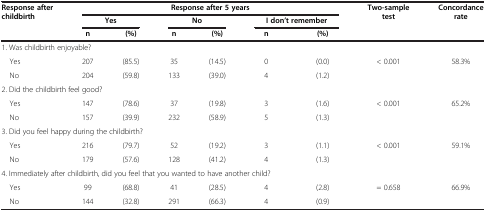
<table><thead><tr><td rowspan="3"><b>Response after childbirth</b></td><td colspan="6"><b>Response after 5 years</b></td><td rowspan="3"><b>Two-sample test</b></td><td rowspan="3"><b>Concordance rate</b></td></tr><tr><td colspan="2"><b>Yes</b></td><td colspan="2"><b>No</b></td><td colspan="2"><b>I don’t remember</b></td></tr><tr><td><b>n</b></td><td><b>(%)</b></td><td><b>n</b></td><td><b>(%)</b></td><td><b>n</b></td><td><b>(%)</b></td></tr></thead><tbody><tr><td colspan="9">1. Was childbirth enjoyable?</td></tr><tr><td> Yes</td><td>207</td><td>(85.5)</td><td>35</td><td>(14.5)</td><td>0</td><td>(0.0)</td><td>&lt; 0.001</td><td>58.3%</td></tr><tr><td> No</td><td>204</td><td>(59.8)</td><td>133</td><td>(39.0)</td><td>4</td><td>(1.2)</td><td> </td><td> </td></tr><tr><td colspan="9">2. Did the childbirth feel good?</td></tr><tr><td> Yes</td><td>147</td><td>(78.6)</td><td>37</td><td>(19.8)</td><td>3</td><td>(1.6)</td><td>&lt; 0.001</td><td>65.2%</td></tr><tr><td> No</td><td>157</td><td>(39.9)</td><td>232</td><td>(58.9)</td><td>5</td><td>(1.3)</td><td> </td><td> </td></tr><tr><td colspan="9">3. Did you feel happy during the childbirth?</td></tr><tr><td> Yes</td><td>216</td><td>(79.7)</td><td>52</td><td>(19.2)</td><td>3</td><td>(1.1)</td><td>&lt; 0.001</td><td>59.1%</td></tr><tr><td> No</td><td>179</td><td>(57.6)</td><td>128</td><td>(41.2)</td><td>4</td><td>(1.3)</td><td> </td><td> </td></tr><tr><td colspan="9">4. Immediately after childbirth, did you feel that you wanted to have another child?</td></tr><tr><td> Yes</td><td>99</td><td>(68.8)</td><td>41</td><td>(28.5)</td><td>4</td><td>(2.8)</td><td>= 0.658</td><td>66.9%</td></tr><tr><td> No</td><td>144</td><td>(32.8)</td><td>291</td><td>(66.3)</td><td>4</td><td>(0.9)</td><td> </td><td> </td></tr></tbody></table>